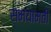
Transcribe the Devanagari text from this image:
समयामती